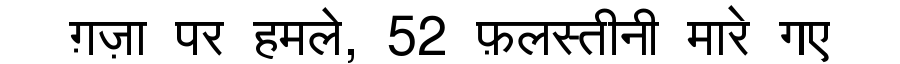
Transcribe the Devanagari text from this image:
ग़ज़ा पर हमले, 52 फ़लस्तीनी मारे गए